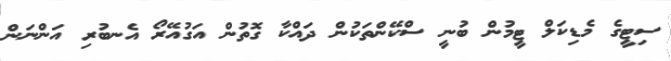
ސިޓީގެ މެޑިކަލް ޓީމުން ބުނީ ސްކޭންތަކުން ދައްކާ ގޮތުން އަގުއޭރޯ އެނބުރި އަންނަން